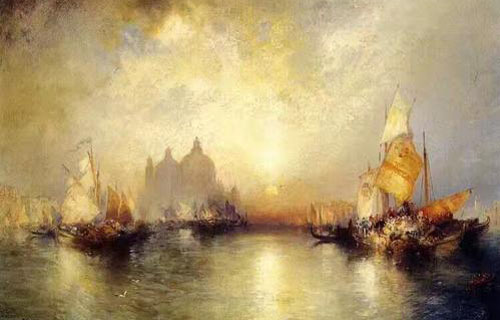
文章已满行人耳，一度思卿一怆然。